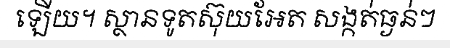
ឡើយ។ ស្ថានទូតស៊ុយអែត សង្កត់ធ្ងន់ៗ